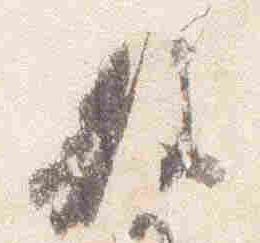
敷